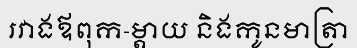
រវាងឪពុក-ម្តាយ និងកូនមាត្រា